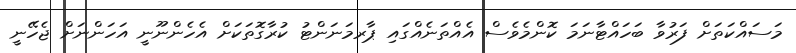
މަސައްކަތަށް ފަރުވާ ބަހައްޓާނަމަ ކޮންމެވެސް އެއްތަނެއްގައި ޕާރމަނަންޓު ކުރާގޮތަކަށް އެހެންނޫނީ އަހަންނަށް ޖެހޭނީ